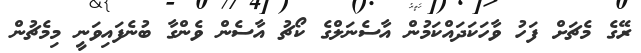
ރޭގެ މެޗަށް ފަހު ވާހަކަދައްކަމުން އާސެނަލްގެ ކޯޗު އާސެން ވެންގާ ބުނެފައިވަނީ މިމެޗުން